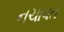
નચાવત